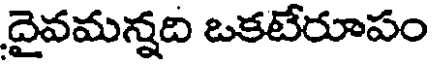
దైవమన్నది ఒకటేరూపం